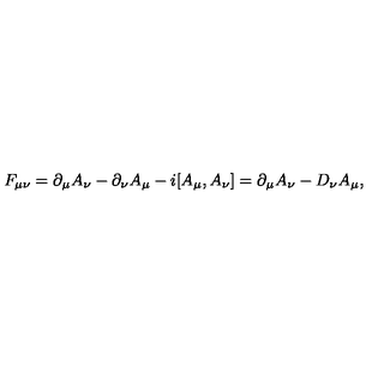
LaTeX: F _ { \mu \nu } = \partial _ { \mu } A _ { \nu } - \partial _ { \nu } A _ { \mu } - i [ A _ { \mu } , A _ { \nu } ] = \partial _ { \mu } A _ { \nu } - D _ { \nu } A _ { \mu } ,